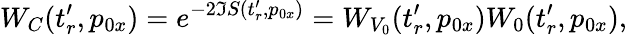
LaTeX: W_{C}(t_{r}^{\prime},p_{0x})=e^{-2\Im S(t_{r}^{\prime},p_{0x})}=W_{V_{0}}(t_{r}^{\prime},p_{0x})W_{0}(t_{r}^{\prime},p_{0x}),